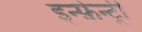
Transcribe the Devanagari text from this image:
इन्फ़ेन्ट्री